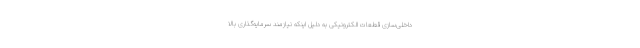
داخلی‌سازی قطعات الکترونیکی به دلیل اینکه نیازمند سرمایه‌گذاری بالا